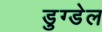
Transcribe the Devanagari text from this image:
डुग्डेल